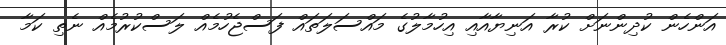
އަންހެން ކުދިންނަށް ކުރާ އަނިޔާއާއި އިހުމާލުގެ މައްސަލަތައް ފަސްޖެހުމެއް ލަސްކުރުމެއް ނެތި ކަމާ